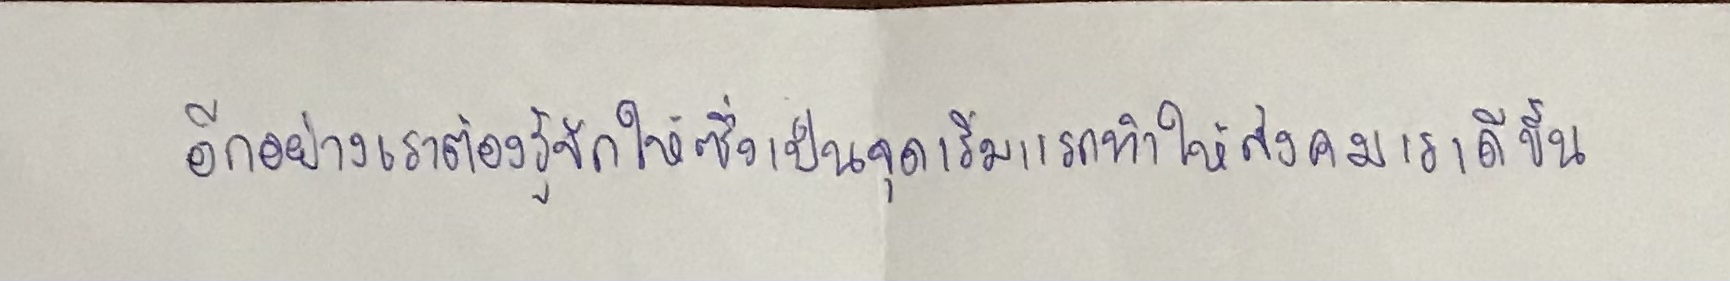
อีกอย่างเราต้องรู้จักให้ซึ่งเป็นจุดเริ่มแรกทำให้สังคมเราดีขึ้น